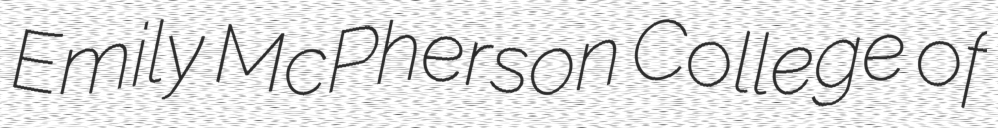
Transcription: Emily McPherson College of